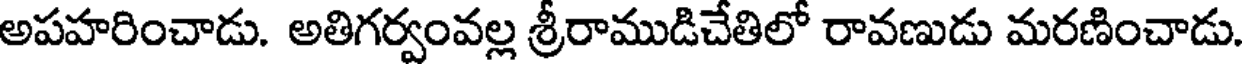
అపహరించాడు. అతిగర్వంవల్ల శ్రీరాముడిచేతిలో రావణుడు మరణించాడు.